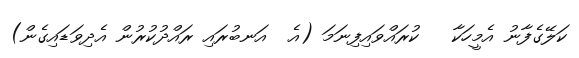
ކަލޭގެފާނު އެމީހަކާ   ކުރައްވައިފިނަމަ (އެ  އަނބުރައި ރައްދުކުރުން އެދިވަޑައިގެން)